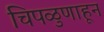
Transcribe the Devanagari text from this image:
चिपळुणाहून